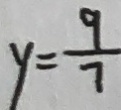
y = \frac { 9 } { 7 }